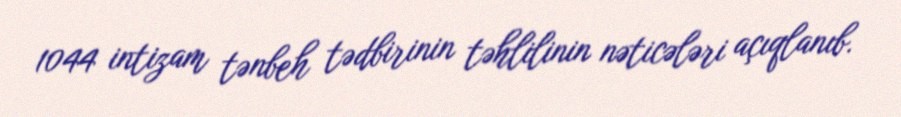
1044 intizam tənbeh tədbirinin təhlilinin nəticələri açıqlanıb.